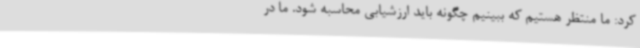
کرد: ما منتظر هستیم که ببینیم چگونه باید ارزشیابی محاسبه شود. ما در